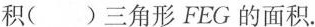
积( )三角形FEG的面积.